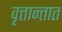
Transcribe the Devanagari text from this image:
वृत्तान्तात